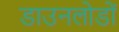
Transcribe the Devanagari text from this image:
डाउनलोडों